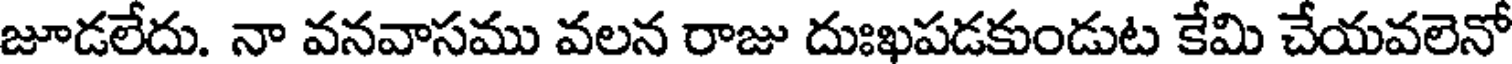
జూడలేదు. నా వనవాసము వలన రాజు దుఃఖపడకుండుట కేమి చేయవలెనో